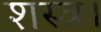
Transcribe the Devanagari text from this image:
शस्त्र।